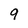
Character: 9